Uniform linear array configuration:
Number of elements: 32
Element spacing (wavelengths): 0.5
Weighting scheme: kaiser
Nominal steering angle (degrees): -30
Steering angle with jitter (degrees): -31.449
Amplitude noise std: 0.05
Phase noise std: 0.05

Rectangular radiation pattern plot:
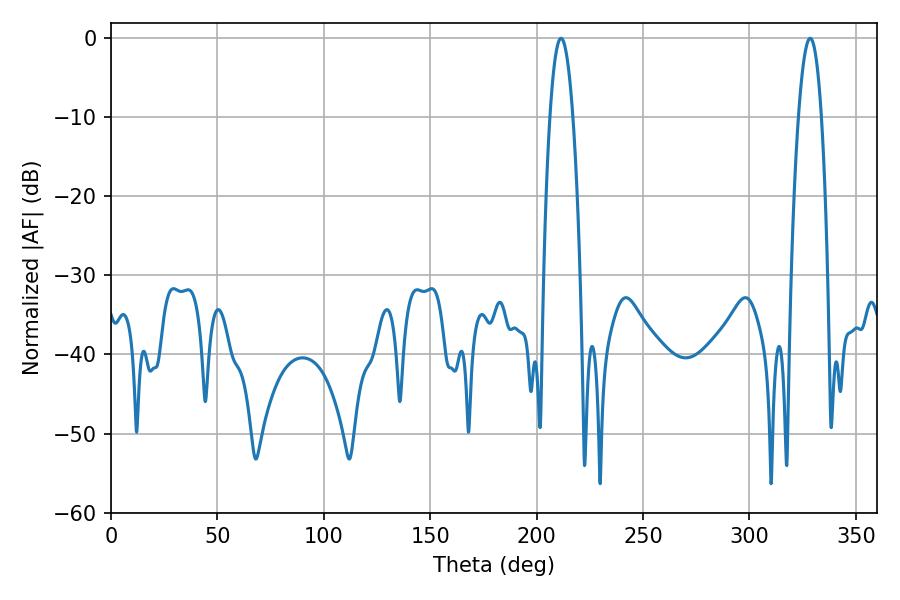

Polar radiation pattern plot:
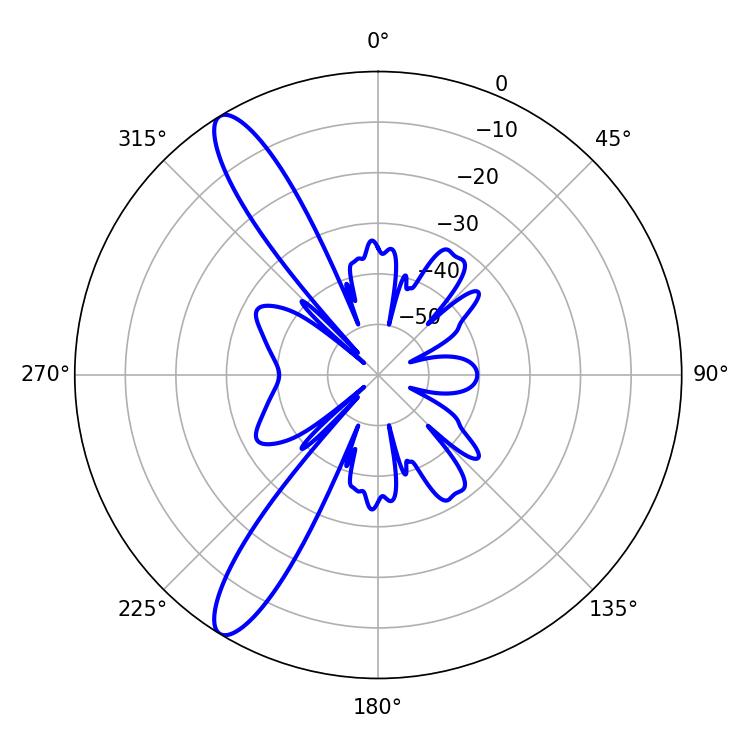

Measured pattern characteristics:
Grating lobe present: FALSE
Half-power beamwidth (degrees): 5.94
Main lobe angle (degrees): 328.5